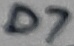
Text: D7